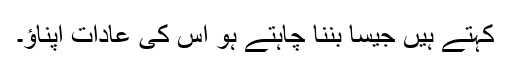
کہتے ہیں جیسا بننا چاہتے ہو اس کی عادات اپناؤ۔